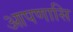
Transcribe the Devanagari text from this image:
आपणासि